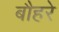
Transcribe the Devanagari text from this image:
बौहरे